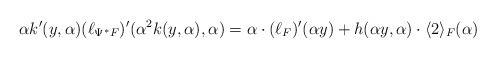
LaTeX: \begin{align*}\alpha k'(y,\alpha) (\ell_{\Psi^* F})'(\alpha^2 k(y,\alpha),\alpha) = \alpha \cdot(\ell_F)'(\alpha y) + h(\alpha y,\alpha)\cdot \langle 2\rangle_F(\alpha)\end{align*}